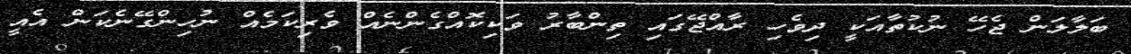
ބަލާލަން ޖެހޭ ނުކުތާއަކީ ދިވެހި ރާއްޖޭގައި ތިންބާރު ވަކިކޮއްގެންނެއް ވެރިކަމެއް ނުހިންގޭނެކަން އެއީ